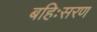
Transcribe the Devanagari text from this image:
बहिःसरण